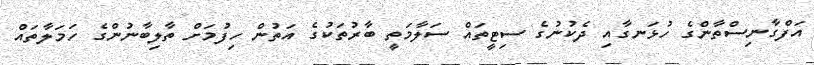
އަފްގާނިސްތާންގެ ހުޅަނގާއި ދެކުނުގެ ސިޓީތައް ސަލާމަތީ ބާރުތަކުގެ އަތުން ހިފުމަށް ތާލިބާނުންގެ ހަމަލާތައް